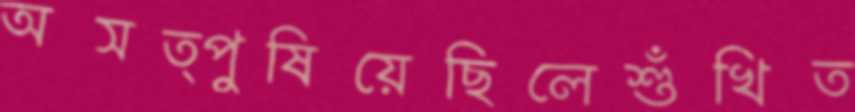
অসত্পুষিয়েছিলেশুঁখিত